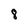
Character: 8